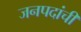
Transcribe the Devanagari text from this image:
जनपदांची